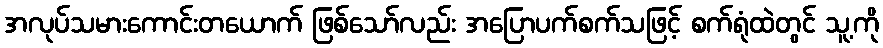
အလုပ်သမားကောင်းတယောက် ဖြစ်သော်လည်း အပြောပက်စက်သဖြင့် စက်ရုံထဲတွင် သူ့ကို